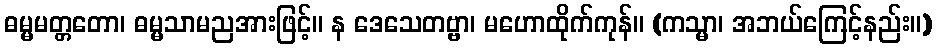
ဓမ္မမတ္တတော၊ ဓမ္မသာမညအားဖြင့်။ န ဒေသေတဗ္ဗာ၊ မဟောထိုက်ကုန်။ (ကသ္မာ၊ အဘယ်ကြေင့်နည်း။)